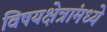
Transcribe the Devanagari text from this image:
विषयक्षेत्रांमध्ये